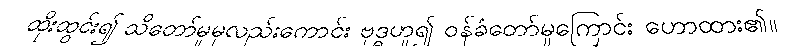
ထိုးထွင်း၍ သိတော်မူမှလည်းကောင်း ဗုဒ္ဓဟူ၍ ဝန်ခံတော်မူကြောင်း ဟောထား၏။